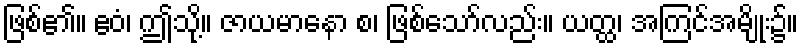
ဖြစ်၏။ ဧဝံ၊ ဤသို့။ ဇာယမာနော စ၊ ဖြစ်သော်လည်း။ ယတ္ထ၊ အကြင်အမျိုး၌။